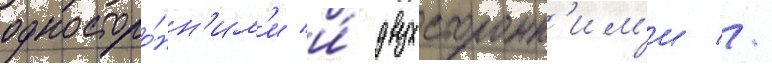
односторо́нн'им'и и́ двухсторонн'им'и //